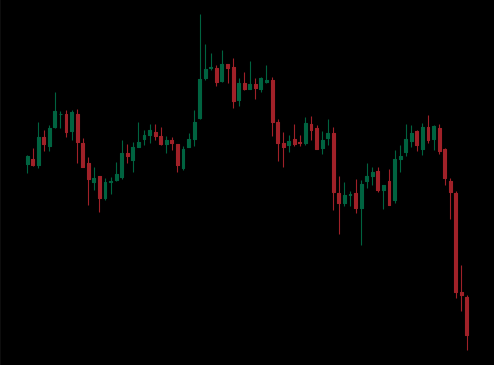
Pattern: unclassified